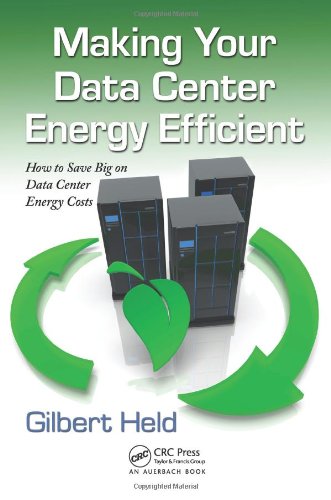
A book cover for Making Your Data Center Energy Efficient; Gilbert Held; Computers & Technology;